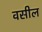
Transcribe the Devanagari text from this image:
वसील